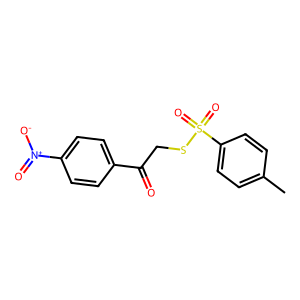
SMILES: Cc1ccc(S(=O)(=O)SCC(=O)c2ccc([N+](=O)[O-])cc2)cc1
Inhibits HIV replication: No